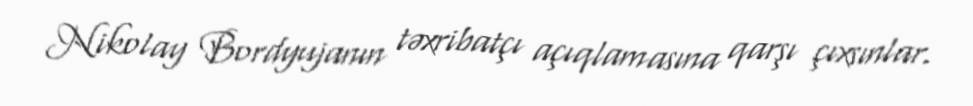
Nikolay Bordyujanın təxribatçı açıqlamasına qarşı çıxsınlar.